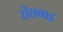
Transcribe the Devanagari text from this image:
रॉसबाइ